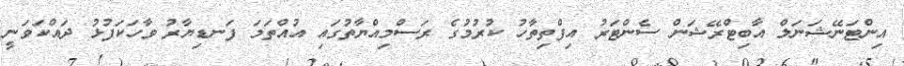
އިންޓަނޭޝަނަލް އާބިޓްރޭޝަން ސެންޓަރު އިފްތިތާހު ކުރުމުގެ ރަސްމިއްޔާތުގައި އުއްތަމަ ފަނޑިޔާރު ވާހަކަފުޅު ދައްކަވަނީ